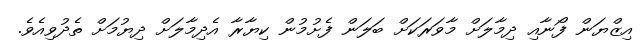
އިޒްޔަން ފޯނާއި ދިމާލަށް މާވަރަކަށް ބަލަން ފެށުމުން ކިޔާރާ އެދިމާލަށް ދިޔުމަށް ތެދުވިއެވެ.